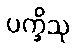
ပက္ခိသု